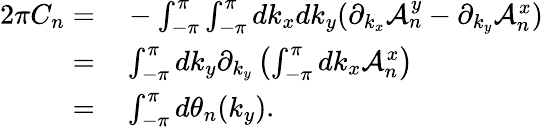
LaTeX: \begin{array}{rl}{2\pi C_{n}=}&{{}-\int_{-\pi}^{\pi}\int_{-\pi}^{\pi}dk_{x}dk_{y}(\partial_{k_{x}}\mathcal{A}_{n}^{y}-\partial_{k_{y}}\mathcal{A}_{n}^{x})}\\ {=}&{{}\int_{-\pi}^{\pi}dk_{y}\partial_{k_{y}}\left(\int_{-\pi}^{\pi}dk_{x}\mathcal{A}_{n}^{x}\right)}\\ {=}&{{}\int_{-\pi}^{\pi}d\theta_{n}(k_{y}).}\end{array}